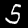
Digit: 5